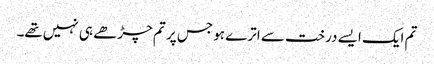
تم ایک ایسے درخت سے اترے ہو جس پر تم چڑھے ہی نہیں‌تھے۔